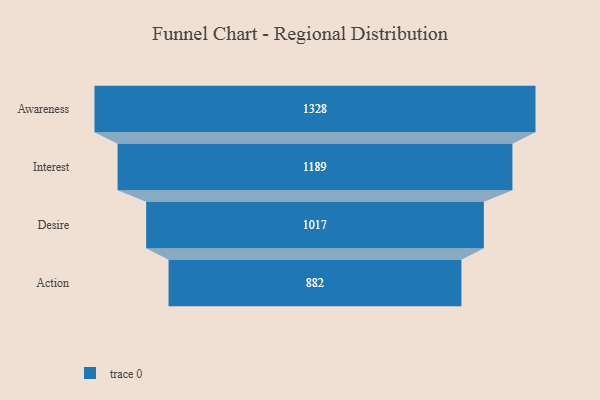
{"axis": {"x": "Stage", "y": "Value"}, "legend": [""], "data": [{"x": "Awareness", "y": 1328.0, "type": ""}, {"x": "Interest", "y": 1189.0, "type": ""}, {"x": "Desire", "y": 1017.0, "type": ""}, {"x": "Action", "y": 882.0, "type": ""}]}